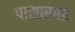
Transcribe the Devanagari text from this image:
पासारगडे